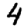
Digit: 4